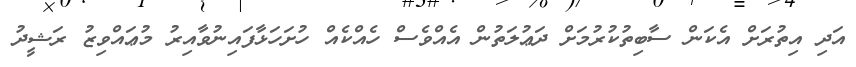
އަދި އިތުރަށް އެކަން ސާބިތުކުރުމަށް ދަޢުލަތުން އެއްވެސް ހެއްކެއް ހުށަހަޅާފައިނުވާއިރު މުޢައްވިޒު ރަޝީދު